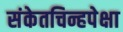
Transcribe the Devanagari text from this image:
संकेतचिन्हपेक्षा